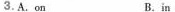
3.A.on B.in